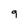
Character: 9